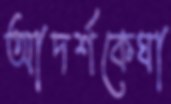
আদর্শকেঘা